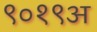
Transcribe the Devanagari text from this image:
९०१९अ